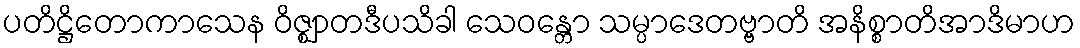
ပတိဋ္ဌိတောကာသေန ဝိဇ္ဈာတဒီပသိခါ သေဝန္တော သမ္ပာဒေတဗ္ဗာတိ အနိစ္စာတိအာဒိမာဟ